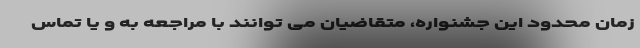
زمان محدود این جشنواره، متقاضیان می توانند با مراجعه به و یا تماس